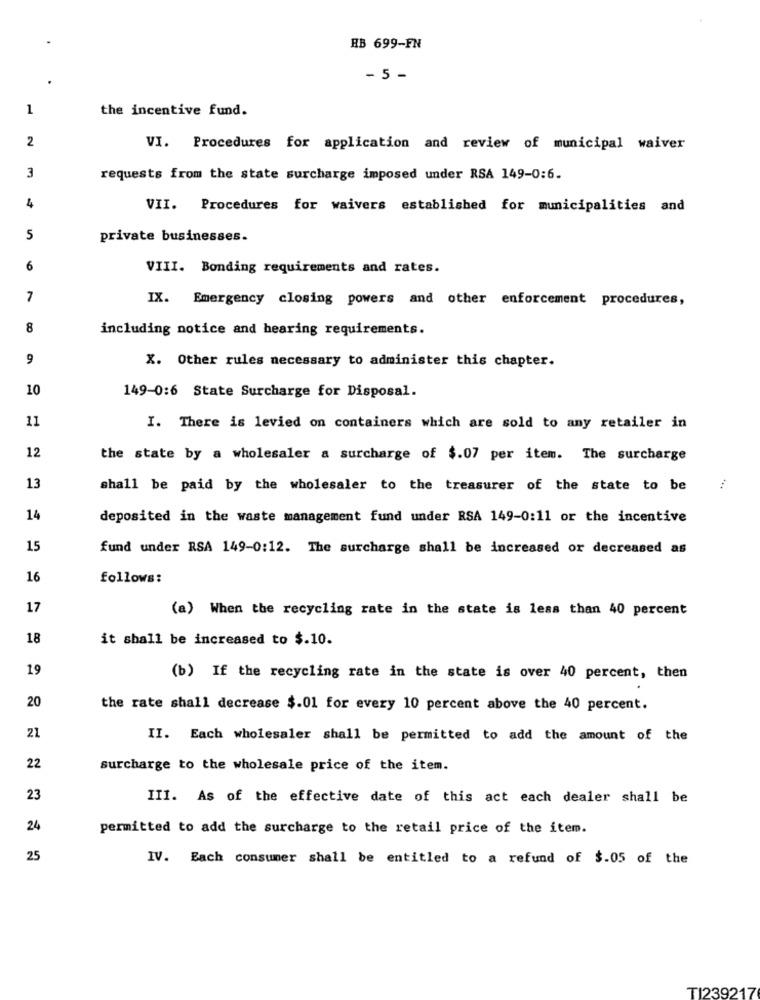
HB 699-FN
- 5 -
1
the incentive fund.
2
VI. Procedures for application and review of municipal waiver
3
requests from the state surcharge imposed under RSA 149-0:6.
4
VII. Procedures for waivers established for municipalities and
5
private businesses.
6
VIII. Bonding requirements and rates.
7
IX. Emergency closing powers and other enforcement procedures,
8
including notice and bearing requirements.
9
X. Other rules necessary to administer this chapter.
10
149-0:6 State Surcharge for Disposal.
11
I. There is levied on containers which are sold to any retailer in
12
the state by a wholesaler a surcharge of $.07 per item. The surcharge
13
shall be paid by the wholesaler to the treasurer of the state to be
14
deposited in the waste management fund under RSA 149-0:11 or the incentive
15
fund under RSA 149-0:12. The surcharge shall be increased or decreased as
16
follows:
17
(a) When the recycling rate in the state is less than 40 percent
18
it shall be increased to $.10.
19
(b) If the recycling rate in the state is over 40 percent, then
20
the rate shall decrease $.01 for every 10 percent above the 40 percent.
21
II. Each wholesaler shall be permitted to add the amount of the
22
surcharge to the wholesale price of the item.
23
III. As of the effective date of this act each dealer shall be
24
permitted to add the surcharge to the retail price of the item.
25
IV. Each consumer shall be entitled to a refund of $.05 of the
TI239217